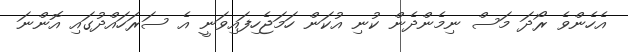
އެހެންވެ ރޯދަ މަސް ނިމެންދެން ކުނި އުކަން ހަމަޖެހިފައިވަނީ އެ ސަރަހައްދުގައި އޮންނަ